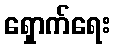
ရှောက်ရေး